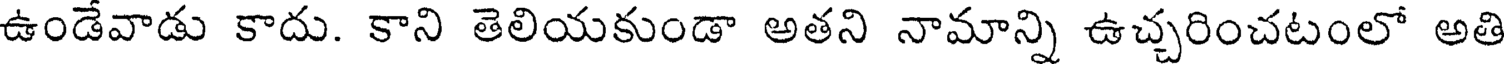
ఉండేవాడు కాదు. కాని తెలియకుండా అతని నామాన్ని ఉచ్చరించటంలో అతి